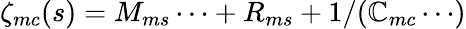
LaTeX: \zeta_{mc}(s)=M_{ms}\cdots+R_{ms}+1/(\mathbb{C}_{mc}\cdots)